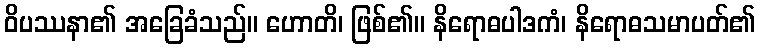
ဝိပဿနာ၏ အခြေခံသည်။ ဟောတိ၊ ဖြစ်၏။ နိရောဓပါဒကံ၊ နိရောဓသမာပတ်၏